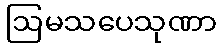
ဩမသပေသုဏာ